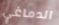
الدماغي